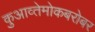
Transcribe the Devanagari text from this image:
कुआव्तेमोकबरोबर